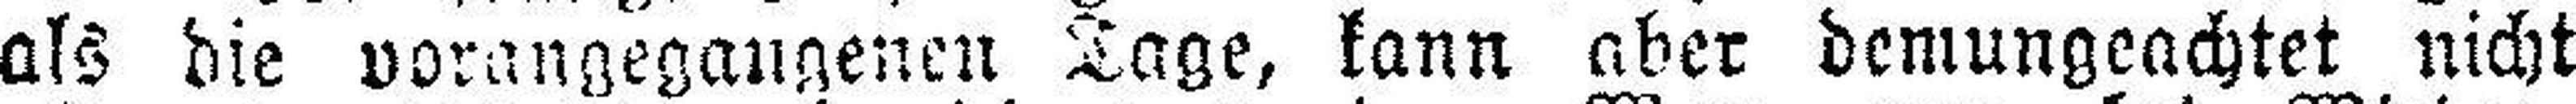
als die vorangegangenen Tage, kann aber demungeachtet nicht